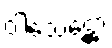
ဝါသေဋ္ဌော